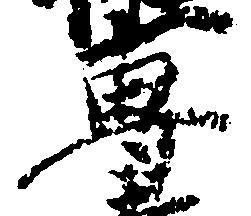
専